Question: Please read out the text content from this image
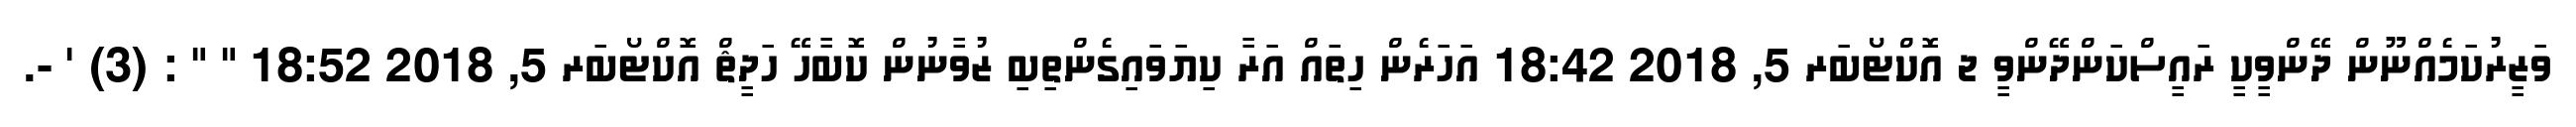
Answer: ވަޒީރުކަމެއްނޫން ދޭންވީކީ ރައީސްކަންދޭންވީ ޖ އޮކްޓޯބަރ 5, 2018 18:42 އަހަރެން ހިތައް އަރާ ކިޔަވައިގެންތިބި ޒުވާނުން ކޮބާހޭ ހަދީޘް އޮކްޓޯބަރ 5, 2018 18:52 " " : (3) ' -.